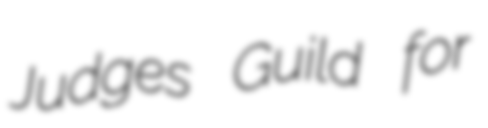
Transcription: Judges Guild for